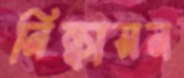
নিষ্কাসন